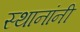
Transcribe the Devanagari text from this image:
स्थानांनी